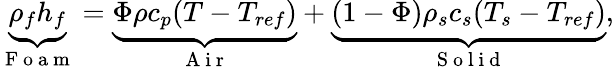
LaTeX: \underbrace{\rho_{f}h_{f}}_{\mathrm{~F~o~a~m~}}=\underbrace{\Phi\rho c_{p}(T-T_{ref})}_{\mathrm{~A~i~r~}}+\underbrace{(1-\Phi)\rho_{s}c_{s}(T_{s}-T_{ref})}_{\mathrm{~S~o~l~i~d~}},